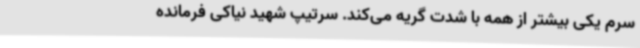
سرم یکی بیشتر از همه با شدت گریه می‌کند. سرتیپ شهید نیاکی فرمانده